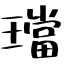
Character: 璫